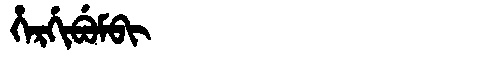
Manchu: ᡥᡝᡵᡤᡳᠪᡠᠮᠪᡳ
Romanization: HERGIBUMBI